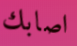
اصابك